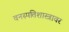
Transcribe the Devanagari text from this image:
वनस्पतिशास्त्रावर